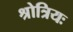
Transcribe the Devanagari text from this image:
श्रोत्रियः